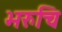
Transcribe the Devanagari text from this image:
भरुचि